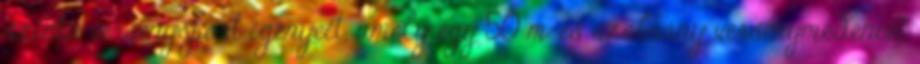
szintű versenysport igényeit, amely egy 50 m-es szabvány versenymedencét